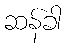
ဆန်ခါ